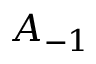
A _ { - 1 }